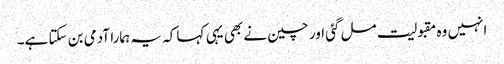
انہیں وہ مقبولیت مل گئی اور چین نے بھی یہی کہا کہ یہ ہمارا آدمی بن سکتا ہے۔